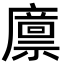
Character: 𢋕